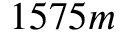
1 5 7 5 m